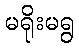
မရိုးမရွ